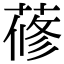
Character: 蓚